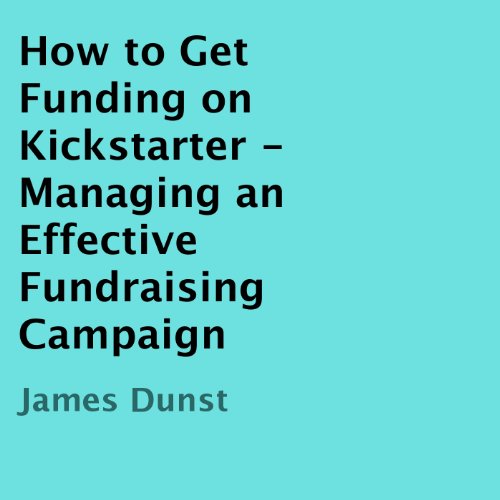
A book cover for How to Get Funding on Kickstarter: Managing an Effective Fundraising Campaign; James Dunst; Business & Money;